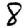
Digit: 8